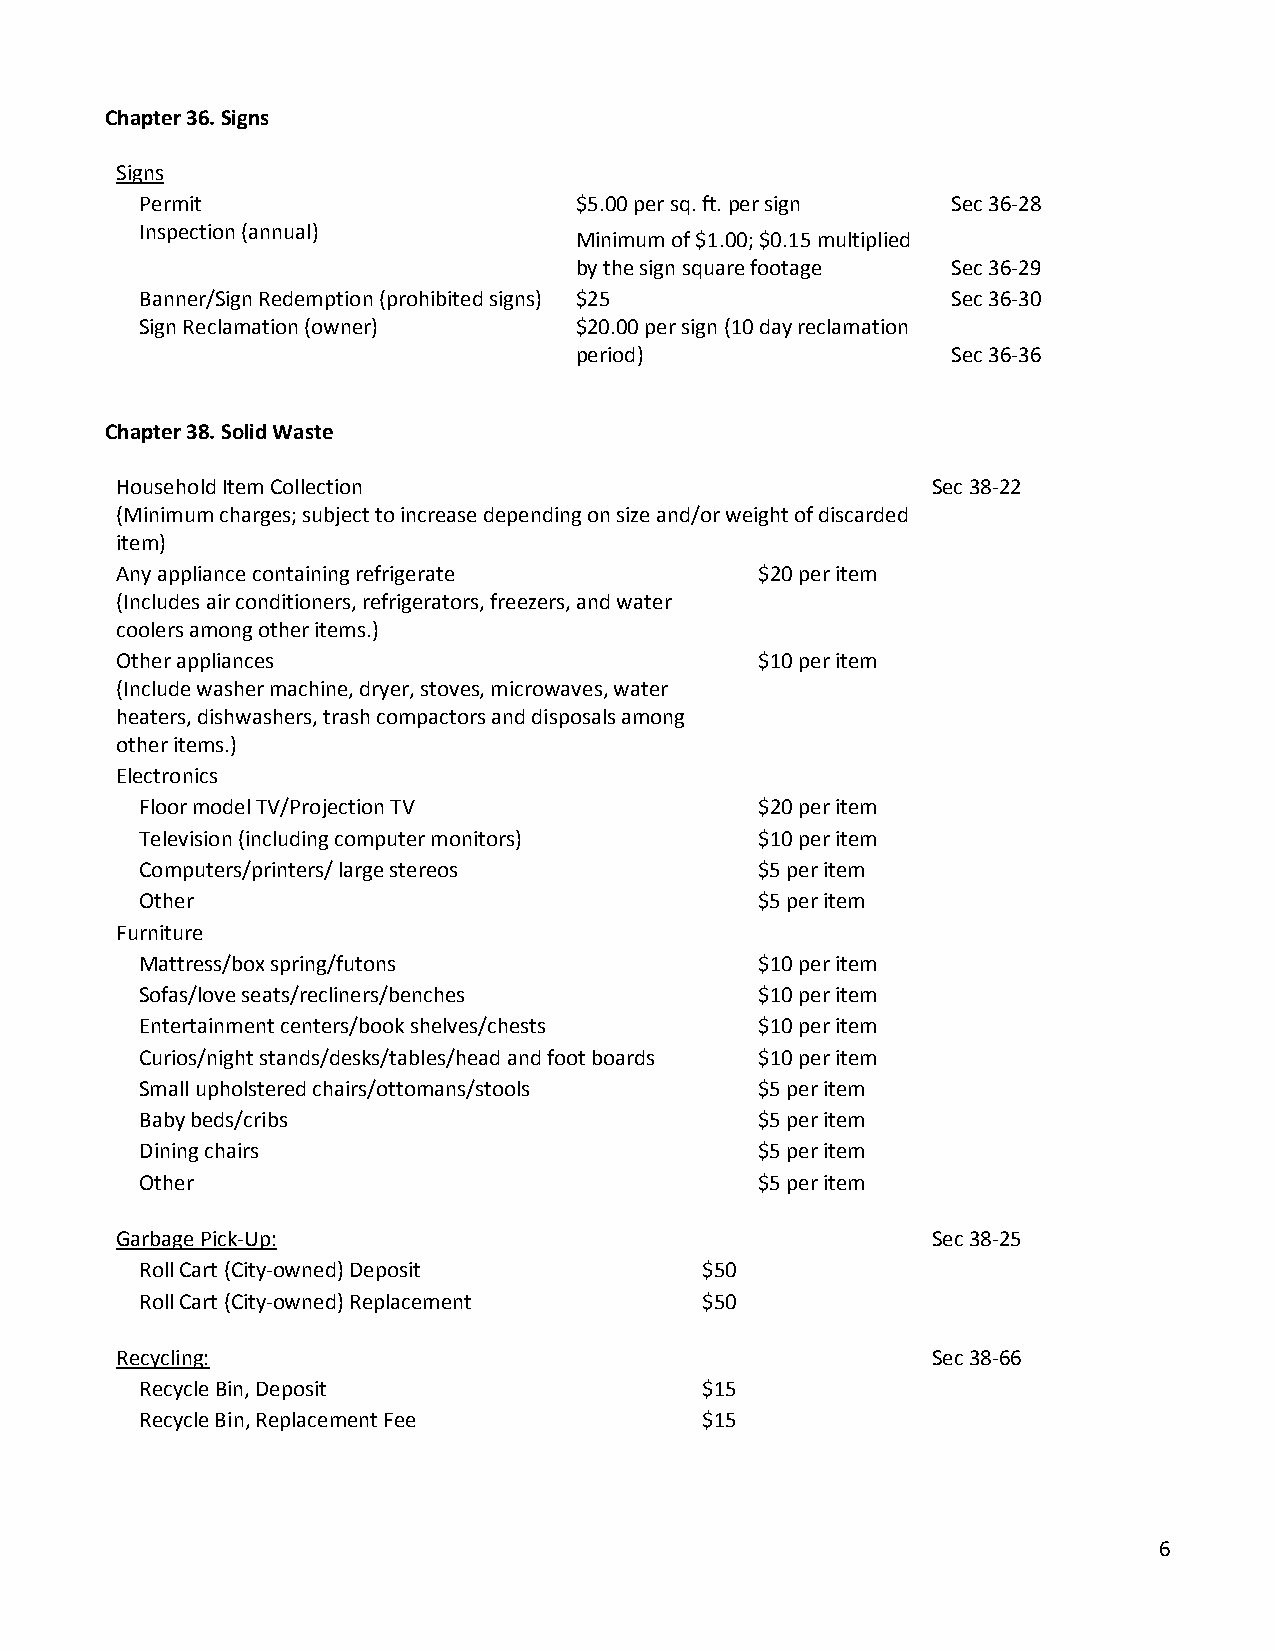
Chapter 36. Signs
 Signs
 Permit                       $5.00 per sq. ft. per sign Sec 36-28
 Inspection (annual)
 Minimum of $1.00; $0.15 multiplied
 by the sign square footage Sec 36-29
 Banner/Sign Redemption (prohibited signs) $25         Sec 36-30
 Sign Reclamation (owner)     $20.00 per sign (10 day reclamation
 period)                  Sec 36-36
 Chapter 38. Solid Waste
 Household Item Collection                             Sec 38-22
 (Minimum charges; subject to increase depending on size and/or weight of discarded
 item)
 Any appliance containing refrigerate      $20 per item
 (Includes air conditioners, refrigerators, freezers, and water
 coolers among other items.)
 Other appliances                          $10 per item
 (Include washer machine, dryer, stoves, microwaves, water
 heaters, dishwashers, trash compactors and disposals among
 other items.)
 Electronics
 Floor model TV/Projection TV             $20 per item
 Television (including computer monitors) $10 per item
 Computers/printers/ large stereos        $5 per item
 Other                                    $5 per item
 Furniture
 Mattress/box spring/futons               $10 per item
 Sofas/love seats/recliners/benches       $10 per item
 Entertainment centers/book shelves/chests $10 per item
 Curios/night stands/desks/tables/head and foot boards $10 per item
 Small upholstered chairs/ottomans/stools $5 per item
 Baby beds/cribs                          $5 per item
 Dining chairs                            $5 per item
 Other                                    $5 per item
 Garbage Pick-Up:                                      Sec 38-25
 Roll Cart (City-owned) Deposit       $50
 Roll Cart (City-owned) Replacement   $50
 Recycling:                                            Sec 38-66
 Recycle Bin, Deposit                 $15
 Recycle Bin, Replacement Fee         $15
 6